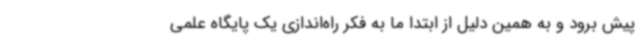
پیش برود و به همین دلیل از ابتدا ما به فکر راه‌اندازی یک پایگاه علمی